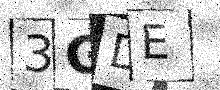
Text: 3GDE